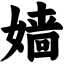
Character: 嫱